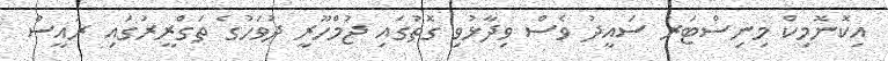
އިކޮނޮމިކް މިނިސްޓަރު ސައީދު ވެސް ވިދާޅުވި ގޮތުގައި ޖުމްހޫރީ ދުވަހުގެ ތަގްރީރުގައި ރައީސް